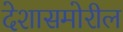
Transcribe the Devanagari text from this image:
देशासमोरील